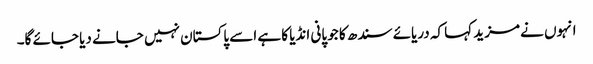
انہوں نے مزید کہا کہ دریائے سندھ کا جو پانی انڈیا کا ہے اسے پاکستان نہیں جانے دیا جائے گا۔